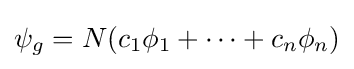
\psi _{g}=N(c_{1}\phi _{1}+\cdots +c_{n}\phi _{n})